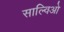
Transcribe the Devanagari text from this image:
साल्विओ